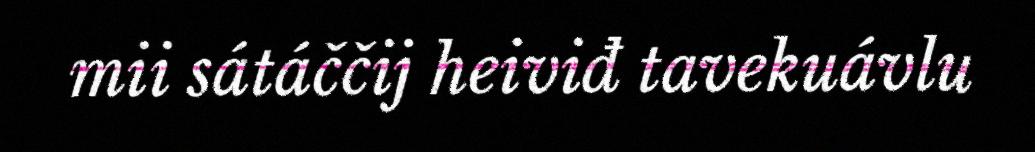
mii sátáččij heiviđ tavekuávlu